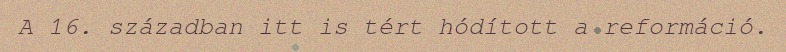
A 16. században itt is tért hódított a reformáció.